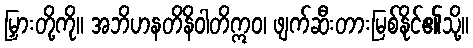
မြှားတို့ကို။ အဘိဟနတိနိဝါတိဣဝ၊ ဖျက်ဆီးတားမြစ်နိုင်၏သို့။